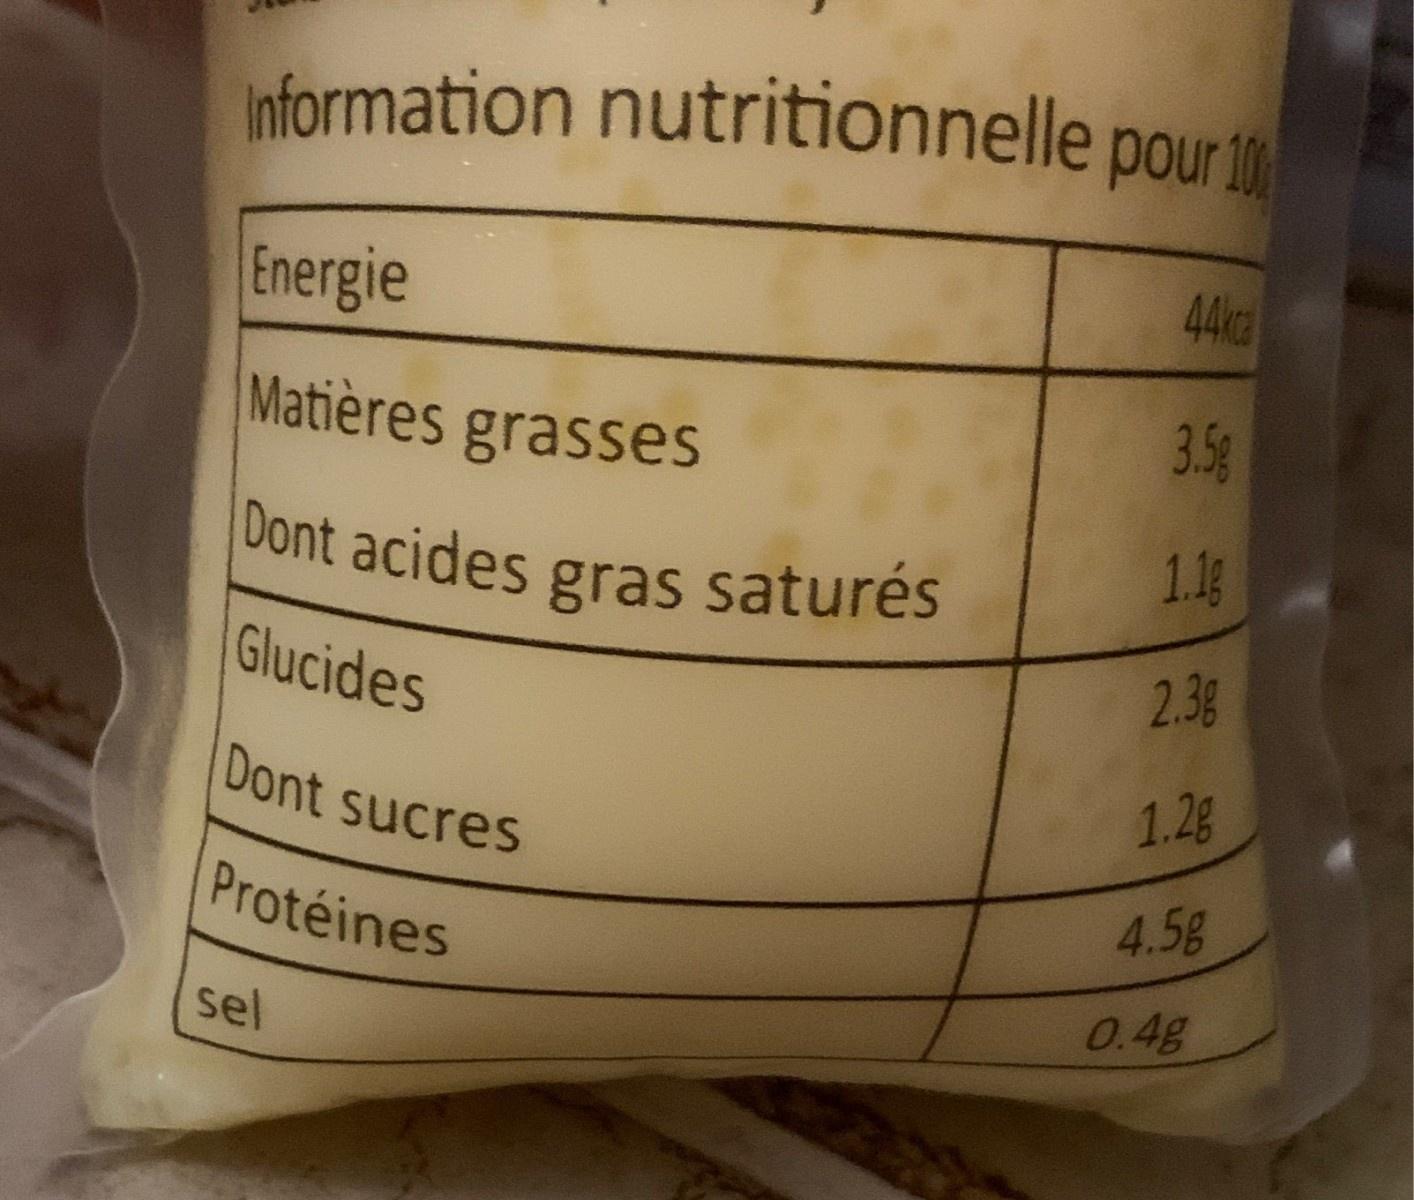
Information nutritionnelle pour 10 44kc Energie 3.5g Matières grasses Dont acides gras saturés 1.1g 2.3g Glucides 1.2g Dont sucres 4.58 Protéines 0.4g sel